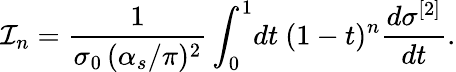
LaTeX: {\cal I}_{n}={\frac{1}{\sigma_{0}\, (\alpha_{s}/\pi)^{2}}}\int_{0}^{1}\! dt\ (1-t)^{n}{\frac{d\sigma^{[2]}}{dt}}.